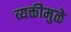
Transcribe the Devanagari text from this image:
व्यक्तीमुळे